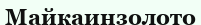
Майкаинзолото